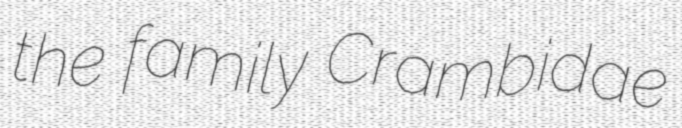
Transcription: the family Crambidae